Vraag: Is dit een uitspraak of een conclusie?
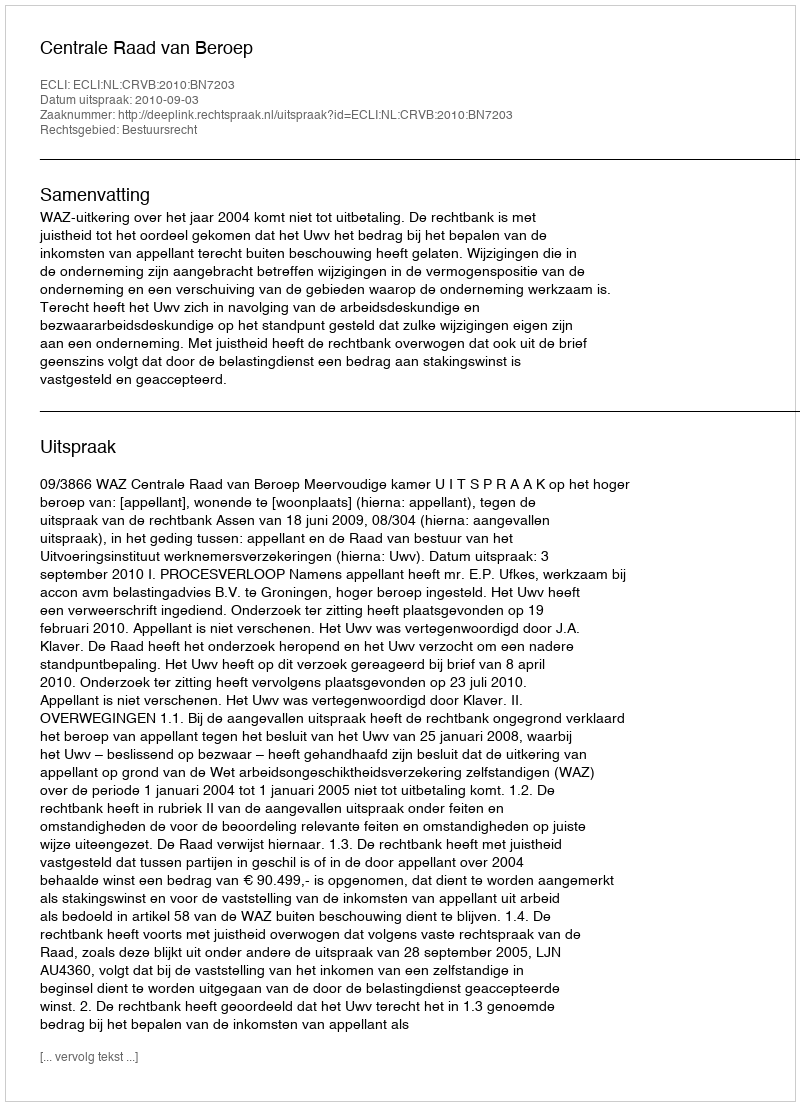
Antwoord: Uitspraak